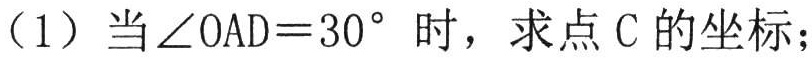
（1）当\(\angle OAD = 30^{\circ}\)时，求点\(C\)的坐标；